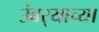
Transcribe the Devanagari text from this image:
उंबर्‍याच्या